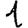
Digit: 1